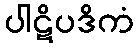
ပါဋိပဒိကံ